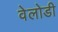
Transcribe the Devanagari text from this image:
वेलोडी